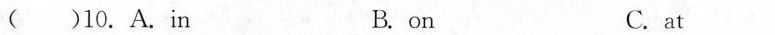
( ) 10.A.in B.on C.at